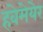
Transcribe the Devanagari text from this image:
हवेमेयेर